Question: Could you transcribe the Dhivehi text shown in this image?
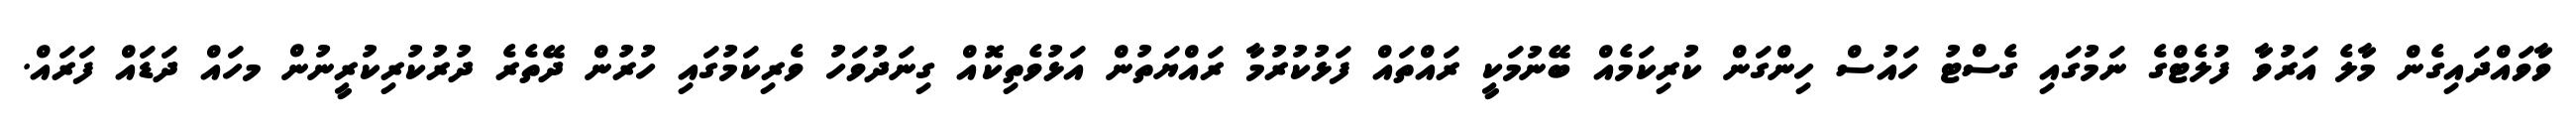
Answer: ވާވައްދައިގެން މާލެ އަރުވާ ފުލެޓްގެ ނަމުގައި ގެސްޓު ހައުސް ހިންގަން ކުރިކަމެއް ބޭނުމަކީ ރައްތައް ފަޅުކުރުމާ ރައްޔަތުން އަޅުވެތިކޮއް ގިނަދުވަހު ވެރިކަމުގައި ހުރުން ދޭތެރެ ދުރުކުރިކުރީނުން މހައް ދަޑައް ފަރައް.